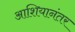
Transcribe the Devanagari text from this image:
आशियानंतर